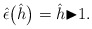
\begin{gather*}{\hat{\epsilon}}\big(\hat{h}\big)=\hat{h}{\blacktriangleright}1.\end{gather*}